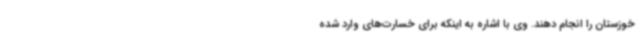
خوزستان را انجام دهند. وی با اشاره به اینکه برای خسارت‌های وارد شده